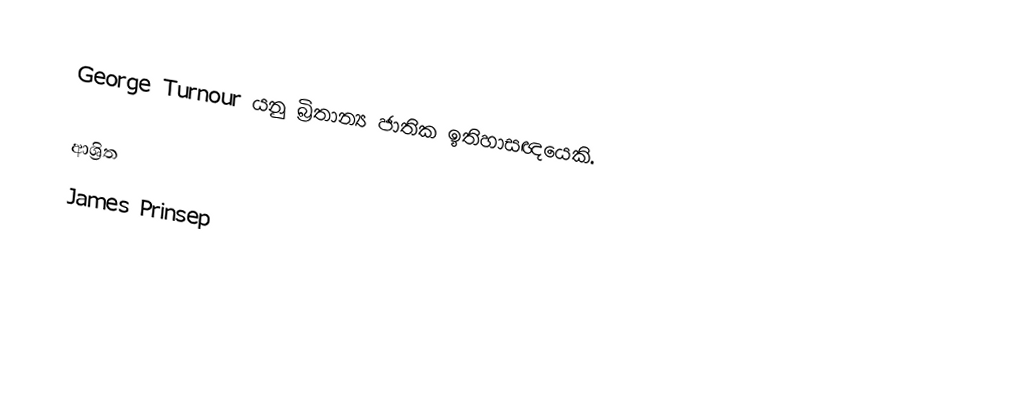
George Turnour යනු බ්‍රිතාන්‍ය ජාතික ඉතිහාසඥයෙකි.

ආශ්‍රිත
 James Prinsep